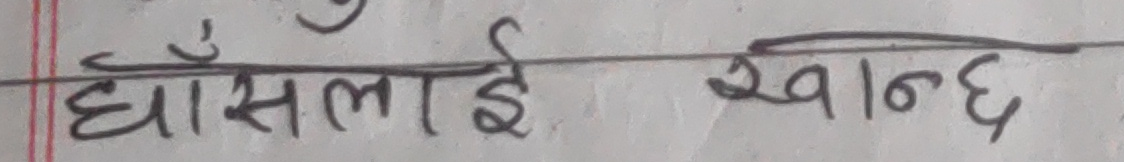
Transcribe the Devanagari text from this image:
घाँसलाई खान्छ